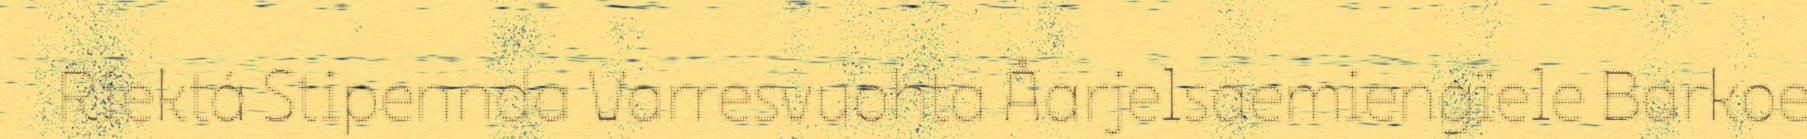
Riektá Stipennda Varresvuohta Åarjelsaemiengïele Barkoe